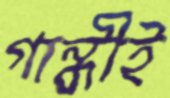
গান্ধীই